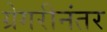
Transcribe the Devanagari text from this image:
ग्रेगरीनंतर